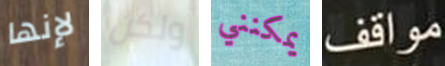
لإنها ولكن يمكنني مواقف